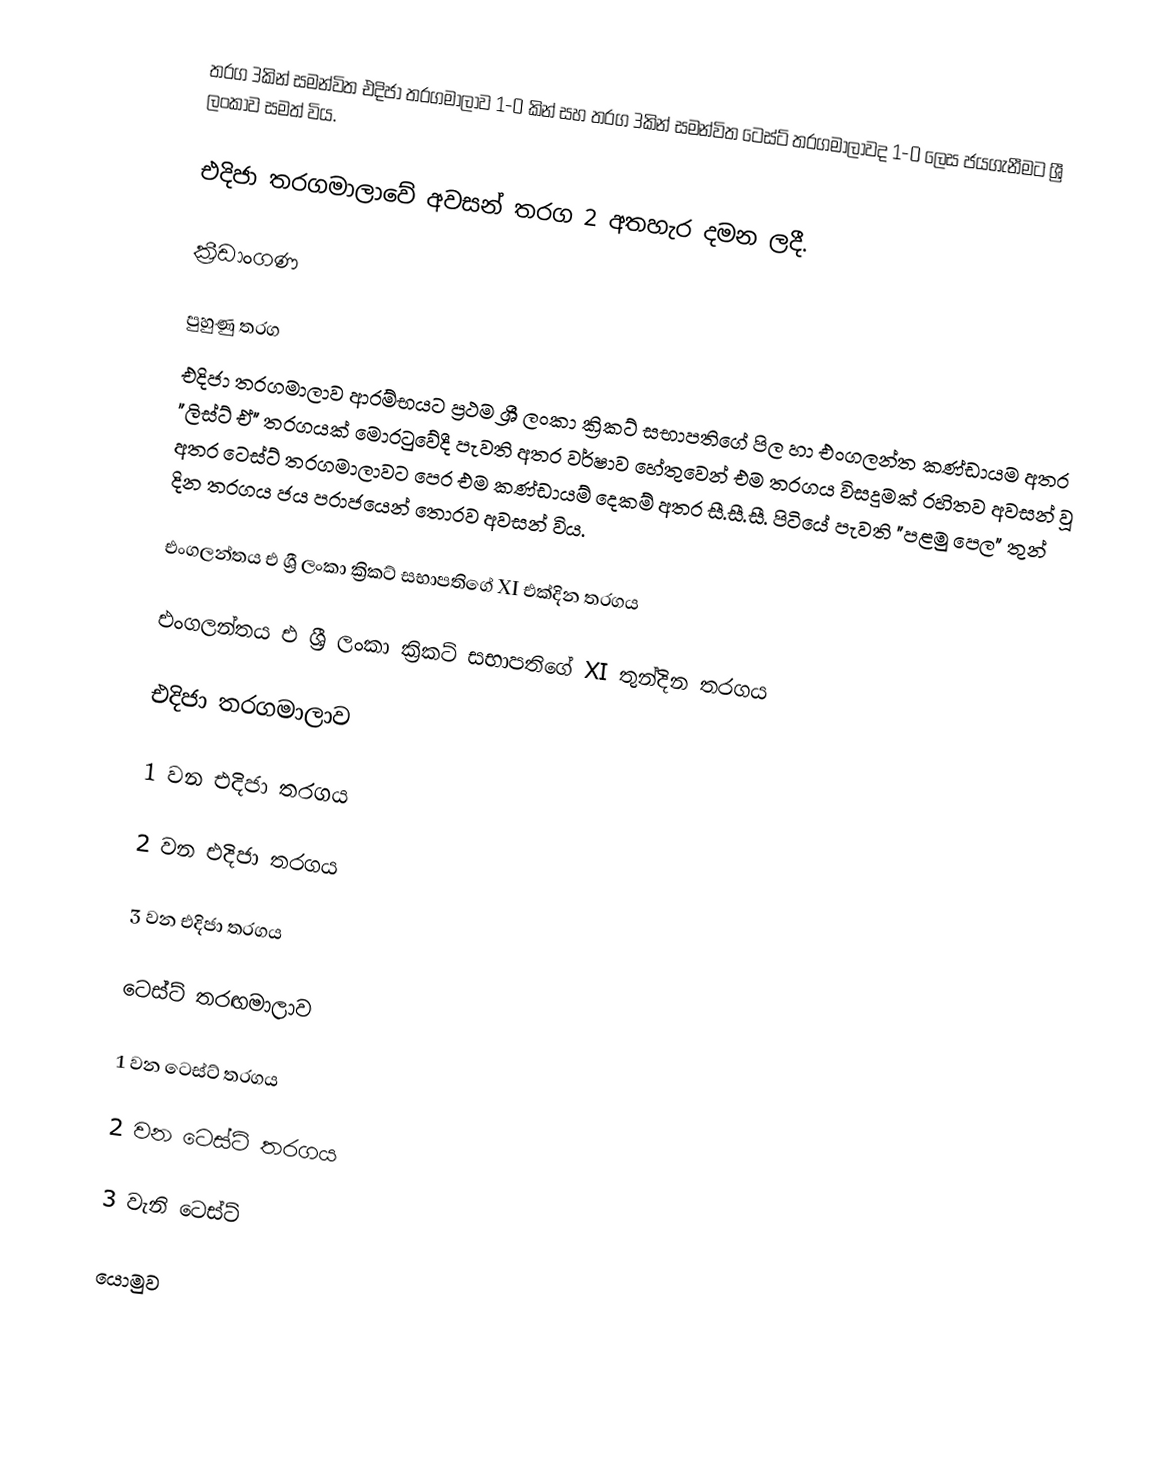
තරග 3කින් සමන්විත එදිජා තරගමාලාව 1-0 කින් සහ තරග 3කින් සමන්විත ටෙස්ට් තරගමාලාවද 1-0 ලෙස ජයගැනීමට ශ්‍රී ලංකාව සමත් විය.

එදිජා තරගමාලාවේ අවසන් තරග 2 අතහැර දමන ලදී.

ක්‍රීඩාංගණ

පුහුණු තරග
එදිජා තරගමාලාව ආරම්භයට ප්‍රථම ශ්‍රී ලංකා ක්‍රිකට් සභාපතිගේ පිල හා එංගලන්ත කණ්ඩායම අතර "ලිස්ට් ඒ" තරගයක් මොරටුවේදී පැවති අතර වර්ෂාව හේතුවෙන් එම තරගය විසදුමක් රහිතව අවසන් වූ අතර ටෙස්ට් තරගමාලාවට පෙර එම කණ්ඩායම් දෙකම් අතර සී.සී.සී. පිටියේ පැවති "පළමු පෙල" තුන් දින තරගය ජය පරාජයෙන් තොරව අවසන් විය.

එංගලන්තය එ ශ්‍රී ලංකා ක්‍රිකට් සභාපතිගේ XI එක්දින තරගය

එංගලන්තය එ ශ්‍රී ලංකා ක්‍රිකට් සභාපතිගේ XI තුන්දින තරගය

එදිජා තරගමාලාව

1 වන එදිජා තරගය

2 වන එදිජා තරගය

3 වන එදිජා තරගය

ටෙස්ට් තරඟමාලාව

1 වන ටෙස්ට් තරගය

2 වන ටෙස්ට් තරගය

3 වැනි ටෙස්ට්

යොමුව